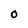
Character: O